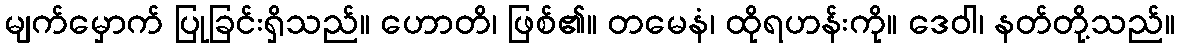
မျက်မှောက် ပြုခြင်းရှိသည်။ ဟောတိ၊ ဖြစ်၏။ တမေနံ၊ ထိုရဟန်းကို။ ဒေဝါ၊ နတ်တို့သည်။